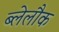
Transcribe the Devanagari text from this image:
ब्लेलौक